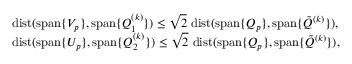
\begin{array} { r l } & { { \mathrm { d i s t } } ( { \mathrm { s p a n } } \{ V _ { p } \} , { \mathrm { s p a n } } \{ Q _ { 1 } ^ { ( k ) } \} ) \leq \sqrt { 2 } \ { \mathrm { d i s t } } ( { \mathrm { s p a n } } \{ Q _ { p } \} , { \mathrm { s p a n } } \{ \tilde { Q } ^ { ( k ) } \} ) , } \\ & { { \mathrm { d i s t } } ( { \mathrm { s p a n } } \{ U _ { p } \} , { \mathrm { s p a n } } \{ Q _ { 2 } ^ { ( k ) } \} ) \leq \sqrt { 2 } \ { \mathrm { d i s t } } ( { \mathrm { s p a n } } \{ Q _ { p } \} , { \mathrm { s p a n } } \{ \tilde { Q } ^ { ( k ) } \} ) , } \end{array}